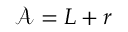
\mathcal { A } = L + r